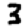
Digit: 3